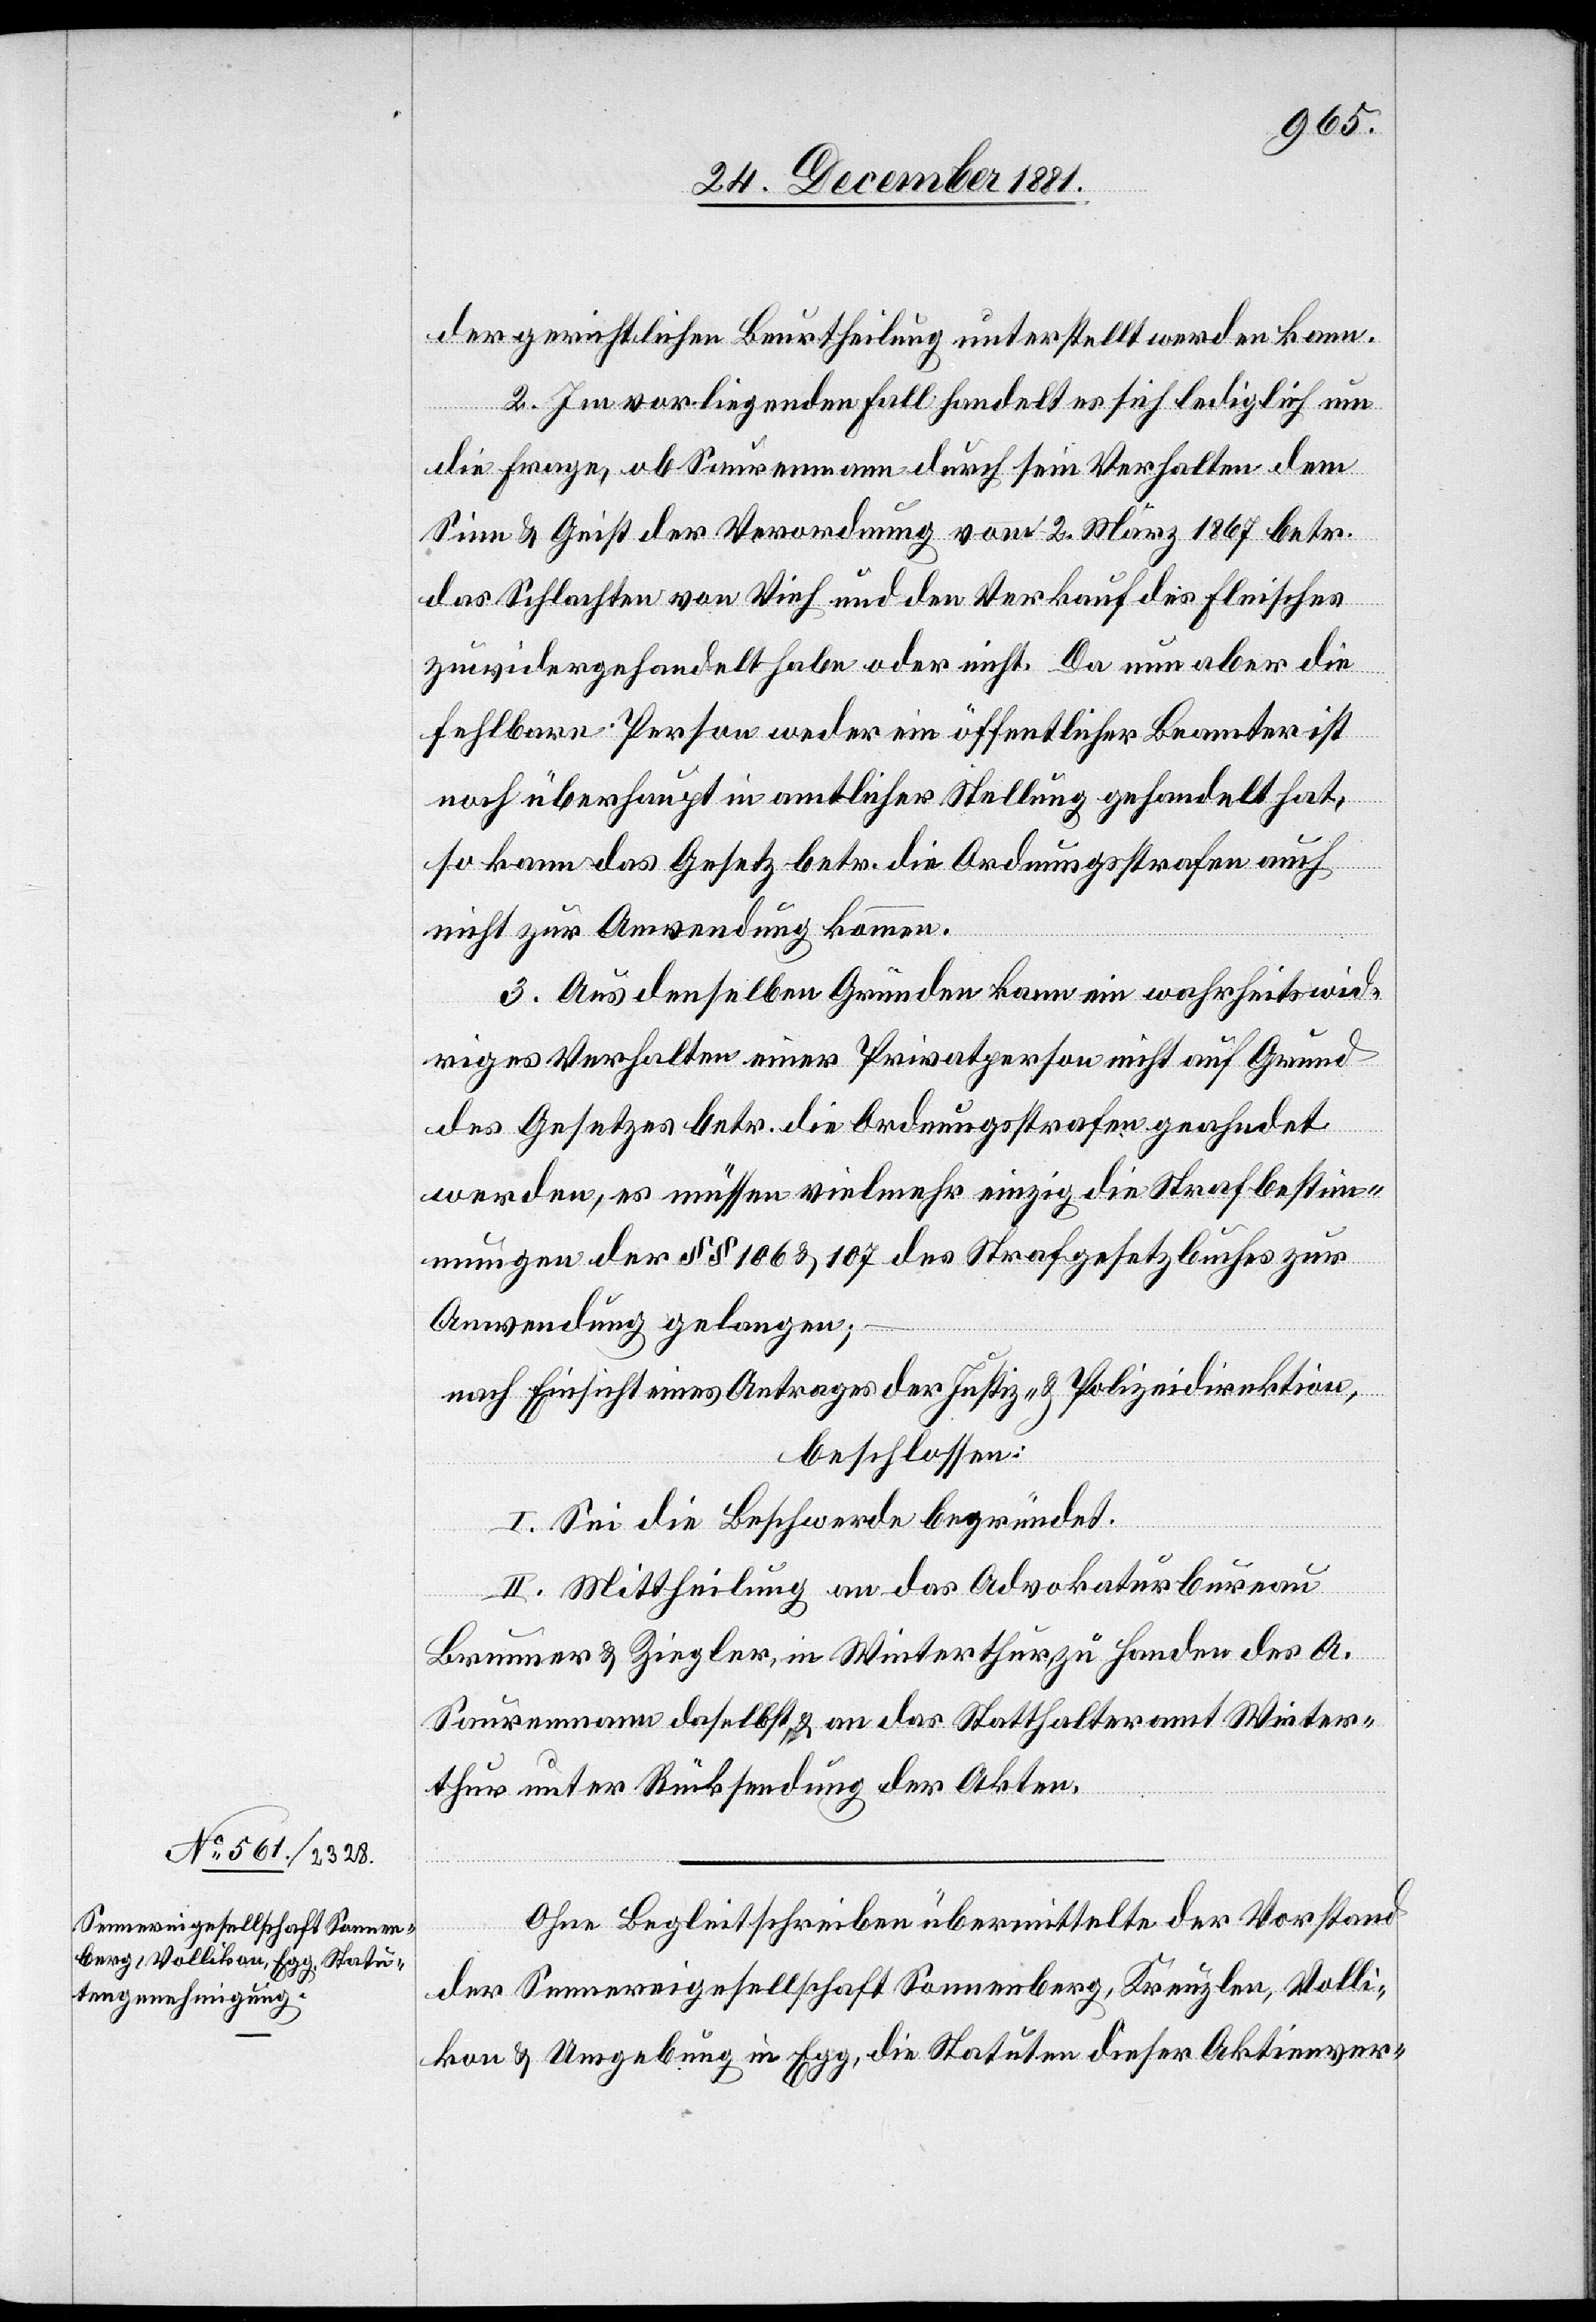
der gerichtlichen Beurtheilung unterstellt werden kann.
2. Im vorliegenden Fall handelt es sich lediglich um
die Frage, ob Sauermann durch sein Verhalten dem
Sinn & Geist der Verordnung vom 2. März 1867 betr.
das Schlachten von Vieh und den Verkauf des Fleisches
zuwidergehandelt habe oder nicht. Da nun aber die
fehlbare Person weder ein öffentlicher Beamter ist
noch überhaupt in amtlicher Stellung gehandelt hat,
so kann das Gesetz betr. die Ordnungsstrafen auch
nicht zur Anwendung kommen.
3. Aus denselben Gründen kann ein wahrheitswid¬
riges Verhalten einer Privatperson nicht auf Grund
des Gesetzes betr. die Ordnungsstrafen geahndet
werden, es müssen vielmehr einzig die Strafbestim¬
mungen der §§ 106 & 107 des Strafgesetzbuches zur
Anwendung gelangen;
nach Einsicht eines Antrages der Justiz- & Polizeidirektion,
beschlossen:
I. Sei die Beschwerde begründet.
II. Mittheilung an das Advokaturbureau
Brunner & Ziegler, in Winterthur, zu Handen des A.
Saurenmann daselbst, & an das Statthalteramt Winter¬
thur unter Rücksendung der Akten.
Ohne Begleitschreiben übermittelte der Vorstand
der Sennereigesellschaft Sonneberg, Kreuzlen, Volli¬
kon & Umgebung in Egg, die Statuten dieser Aktienver-